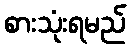
စားသုံးရမည်